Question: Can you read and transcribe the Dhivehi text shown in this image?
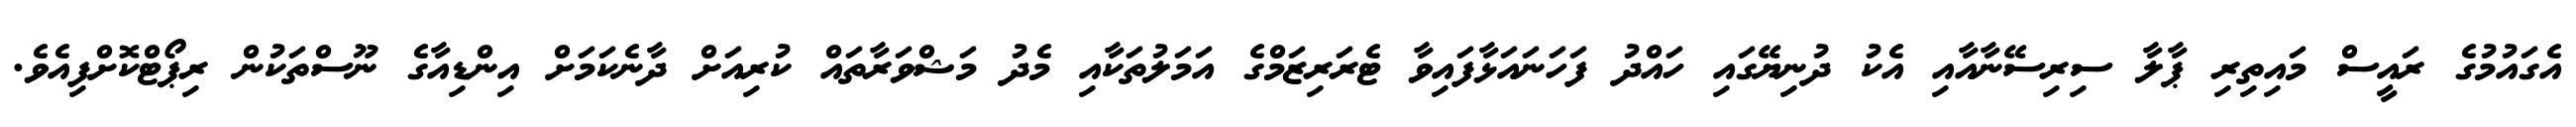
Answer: އެގައުމުގެ ރައީސް މައިތިރި ޕާލާ ސިރިސޭނާއާއި އެކު ދުނިޔޭގައި ހައްދު ފަހަނައަޅާފައިވާ ޓެރަރިޒަމްގެ އަމަލުތަކާއި މެދު މަޝްވަރާތައް ކުރިއަށް ދާނެކަމަށް އިންޑިއާގެ ނޫސްތަކުން ރިޕޯޓްކޮށްފިއެވެ.